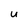
Character: u